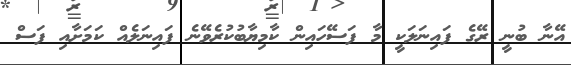
އޭނާ ބުނީ ރޭގެ ފައިނަލަކީ މާ ފަސޭހައިން ކާމިޔާބުކުރެވޭނެ ފައިނަލެއް ކަމަށާއި ފަސް